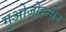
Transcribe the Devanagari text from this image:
गुओजोह्न्सेन